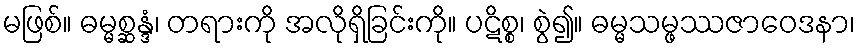
မဖြစ်။ ဓမ္မစ္ဆန္ဒံ၊ တရားကို အလိုရှိခြင်းကို။ ပဋိစ္စ၊ စွဲ၍။ ဓမ္မသမ္ဖဿဇာဝေဒနာ၊